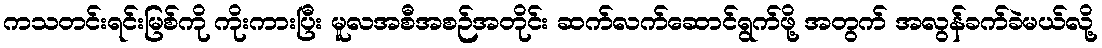
ကသတင်းရင်းမြစ်ကို ကိုးကားပြီး မူလအစီအစဉ်အတိုင်း ဆက်လက်ဆောင်ရွက်ဖို့ အတွက် အလွန်ခက်ခဲမယ်လို့